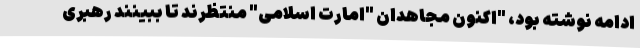
ادامه نوشته بود، "اکنون مجاهدان "امارت اسلامی" منتظرند تا ببینند رهبری